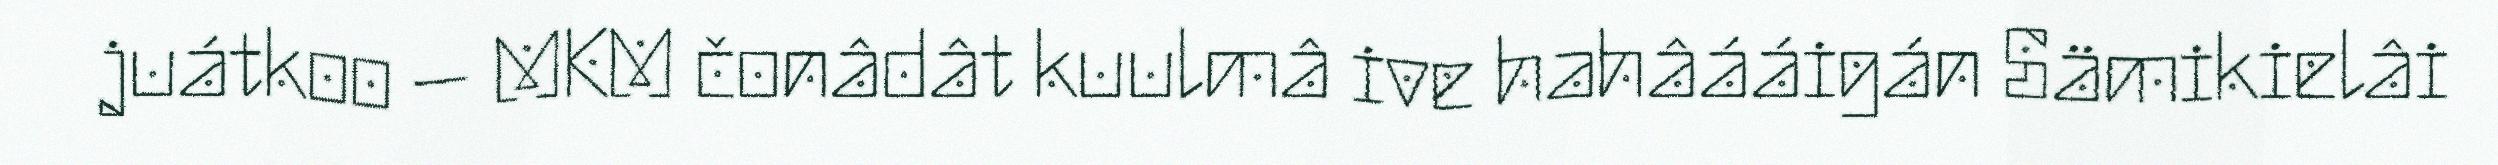
juátkoo – MKM čonâdât kuulmâ ive hahâááigán Sämikielâi